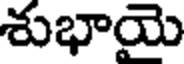
శుభాయె